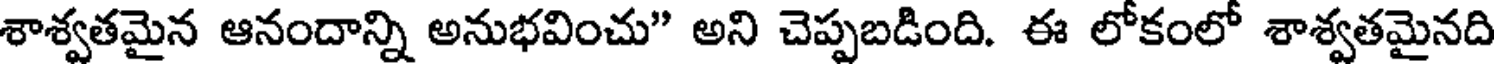
శాశ్వతమైన ఆనందాన్ని అనుభవించు" అని చెప్పబడింది. ఈ లోకంలో శాశ్వతమైనది